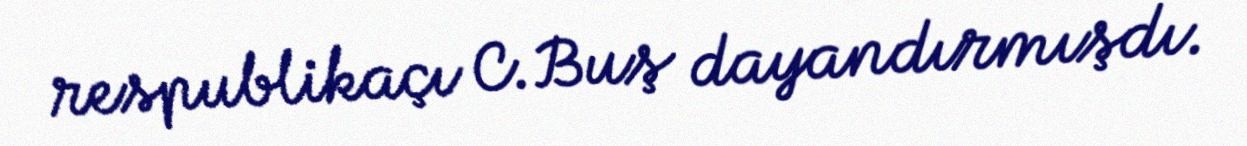
respublikaçı C.Buş dayandırmışdı.